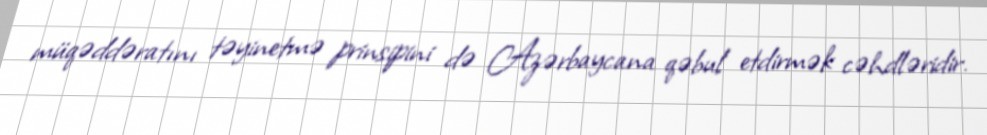
müqəddəratını təyinetmə prinsipini də Azərbaycana qəbul etdirmək cəhdləridir.